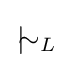
{\phantom {.}}\!{|\!\!\!\sim _{L}}